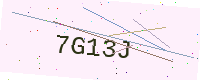
Text: 7G13J